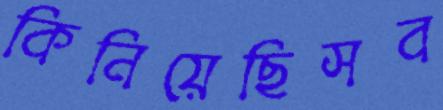
কিনিয়েছিসব